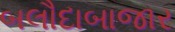
બલૌદાબાજાર